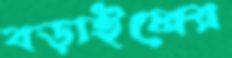
বড়াইলের